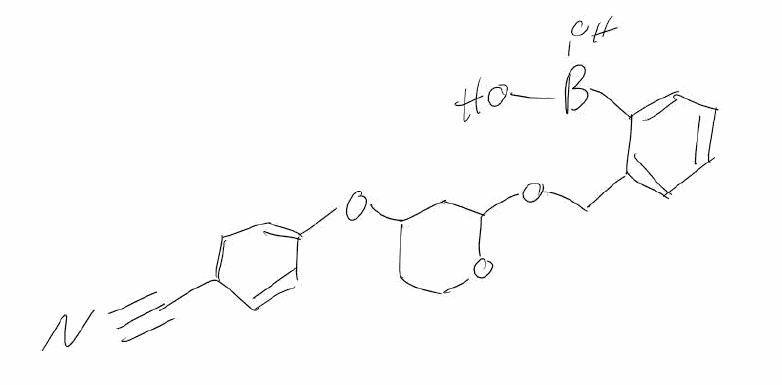
Simplified molecular-input line-entry system (SMILES) notation of the given molecule:
B(C1=CC=CC=C1COC2CC(CCO2)OC3=CC=C(C=C3)C#N)(O)O